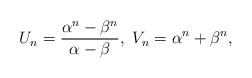
LaTeX: \begin{align*}U_{n}=\frac{\alpha^{n}-\beta^{n}}{\alpha-\beta},\ V_{n}=\alpha^{n}+\beta^{n},\end{align*}